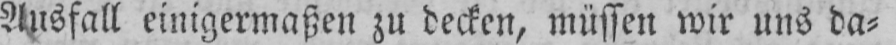
Ausfall einigermaßen zu decken, müssen wir uns da⸗